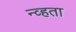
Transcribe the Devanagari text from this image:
न्व्हता